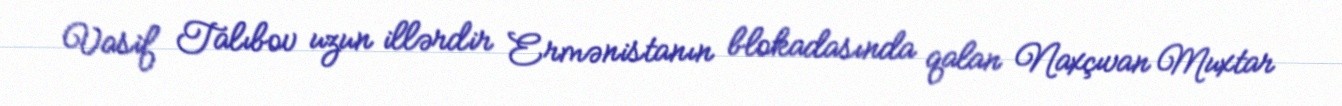
Vasif Talıbov uzun illərdir Ermənistanın blokadasında qalan Naxçıvan Muxtar